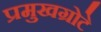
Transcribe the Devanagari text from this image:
प्रमुखग्रोटे